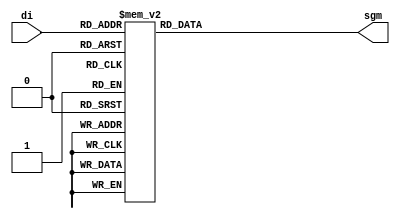
`timescale 1ns / 1ps

module dcd7sgm(
    input [3:0]di,
    output reg [7:0]sgm
    );
    
always@(di)
    case(di)
    0: sgm = 8'b00000011;
    1: sgm = 8'b10011111;
    2: sgm = 8'b00100101;
    3: sgm = 8'b00001101;
    4: sgm = 8'b10011001;
    5: sgm = 8'b01001001;
    6: sgm = 8'b01000001;
    7: sgm = 8'b00011111;
    8: sgm = 8'b00000001;
    9: sgm = 8'b00001001;
    10:sgm = 8'b11111111;
    11:sgm = 8'b11111111;
    12:sgm = 8'b11111111;
    13:sgm = 8'b11111111;
    14:sgm = 8'b11111111;
    15:sgm = 8'b11111111;
 default : sgm = 8'b11111111;
 endcase
    
endmodule